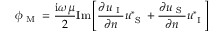
\phi _ { \textup { M } } = \frac { \mathrm { i } \omega \mu } { 2 } \mathrm { I m } \left[ \frac { \partial u _ { \textup { I } } } { \partial n } u _ { \textup { S } } ^ { * } + \frac { \partial u _ { \textup { S } } } { \partial n } u _ { \textup { I } } ^ { * } \right]